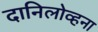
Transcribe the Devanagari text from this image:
दानिलोव्हना